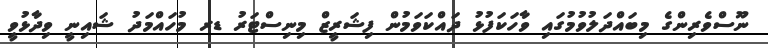
ނޫސްވެރިންގެ މިބައްދަލުވުމުގައި ވާހަކަފުޅު ދައްކަވަމުން ފިޝަރީޒް މިނިސްޓަރު ޑރ މުހައްމަދު ޝައިނީ ވިދާޅުވީ